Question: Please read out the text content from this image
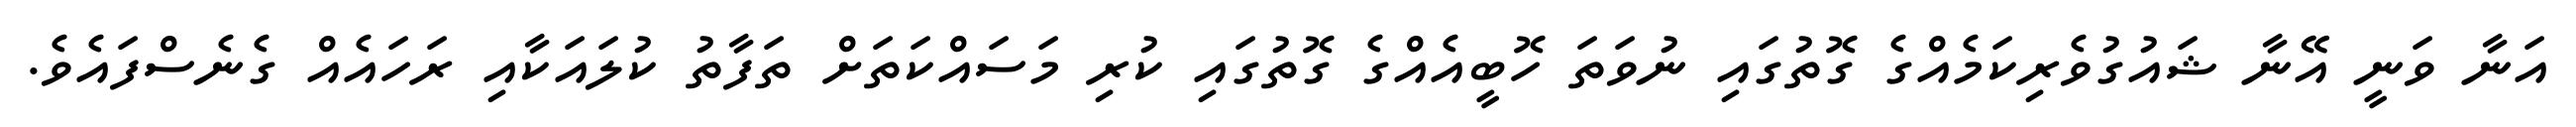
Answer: އަނާ ވަނީ އޭނާ ޝައުގުވެރިކަމެއްގެ ގޮތުގައި ނުވަތަ ހޮބީއެއްގެ ގޮތުގައި ކުރި މަސައްކަތަށް ތަފާތު ކުލައަކާއި ރަހައެއް ގެނެސްފައެވެ.